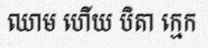
ឈាម ហើយ បិតា ក្មេក